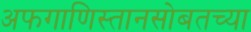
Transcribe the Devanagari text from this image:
अफगाणिस्तानसोबतच्या